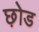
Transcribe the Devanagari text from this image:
छ़ोड